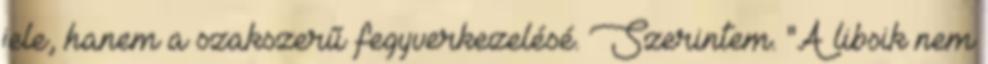
jele, hanem a szakszerű fegyverkezelésé. Szerintem. "A libsik nem